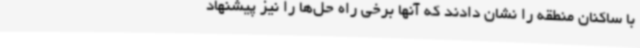
با ساکنان منطقه را نشان دادند که آنها برخی راه حل‌ها را نیز پیشنهاد